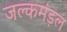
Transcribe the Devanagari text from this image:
जल्कमंड़ल